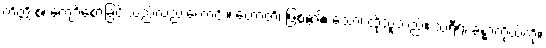
ကိတ္တိ စ၊ ကျော်စောခြင်းသည်လည်းကောင်း။ ဟောတိ၊ ဖြစ်၏။ သော၊ ထိုသူသည်။ သရီရံ၊ ခန္ဓာကိုယ်ကို။